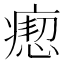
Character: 瘛